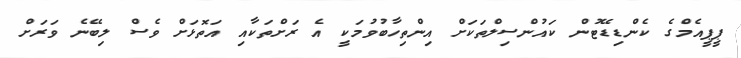
ޕީޕީއެމްގެ ކެންޑިޑޭޓުން ކައުންސިލްތަކަށް އިންތިހާބުވުމަކީ އެ ރަށްތަކާއި އަތޮޅަށް ވެސް ލިބޭނެ ވަރަށް